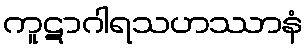
ကူဋာဂါရသဟဿာနံ